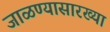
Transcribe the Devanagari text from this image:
जाळण्यासारख्या